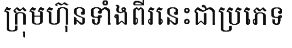
ក្រុមហ៊ុនទាំងពីរនេះជាប្រភេទ